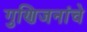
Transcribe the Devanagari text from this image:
गुणिजनांचे